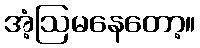
အံ့ဩမနေတော့။